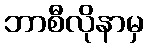
ဘာစီလိုနာမှ